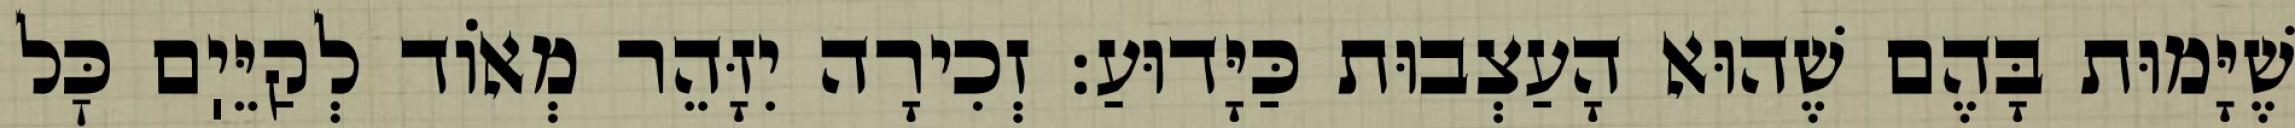
שֶׁיָּמוּת בָּהֶם שֶׁהוּא הָעַצְבוּת כַּיָּדוּעַ: זְכִירָה יִזָּהֵר מְאוֹד לְקַיֵּיֽם כׇּל